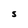
Character: S